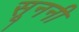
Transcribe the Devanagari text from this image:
सूननी